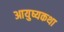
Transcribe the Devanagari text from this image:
आयुष्यकथा